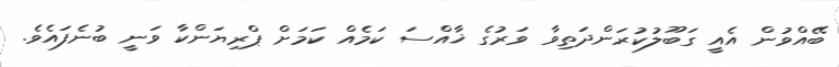
ބޭއްވުން އެއީ ގަބޫލުކުރަންދަތިވާ ވަރުގެ ޚާއްސަ ކަމެއް ކަމަށް ޕްރިޔަންކާ ވަނީ ބުނެފައެވެ.